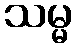
သမ္မ